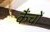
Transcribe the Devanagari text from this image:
कैंचों